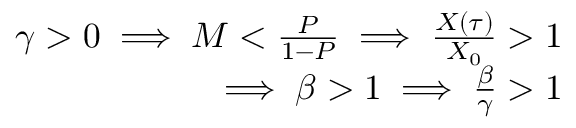
\begin{array} { r } { \gamma > 0 \implies M < \frac { P } { 1 - P } \implies \frac { X ( \tau ) } { X _ { 0 } } > 1 } \\ { \implies \beta > 1 \implies \frac { \beta } { \gamma } > 1 } \end{array}